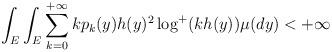
LaTeX: \begin{align*}\int_{E}\int_{E}\sum_{k=0}^{+\infty}kp_{k}(y)h(y)^{2} \log^{+}(k h(y))\mu(dy)<+\infty\end{align*}